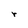
Character: r